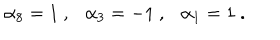
LaTeX: \alpha _ { 8 } = 1 \ , \ \ \ \alpha _ { 3 } = - 1 \ , \ \ \ \alpha _ { 1 } = 1 \ .